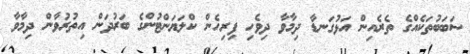
ސަބަބުތަކެއްގެ ތެރެއިން އަޅުގަނޑާ ދިމާވާ ދިވެހި ފިރިހެން ކްލަޔަންޓުންގެ ބަރުދަން އިތުރުވާން ދިމާވާ